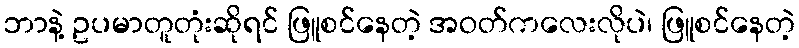
ဘာနဲ့ ဥပမာတူတုံးဆိုရင် ဖြူစင်နေတဲ့ အဝတ်ကလေးလိုပဲ၊ ဖြူစင်နေတဲ့